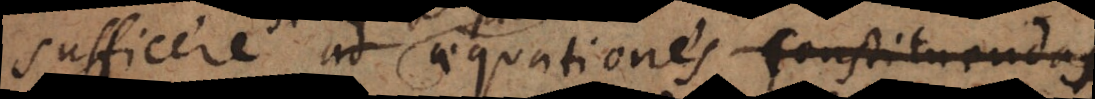
semper ad aequationes constituenda